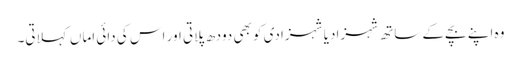
وہ اپنے بچے کے ساتھ شہزادیا شہزادی کو بھی دودھ پلاتی اور اس کی دائی اماں کہلاتی۔